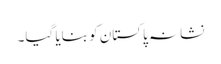
نشانہ پاکستان کو بنایا گیا۔